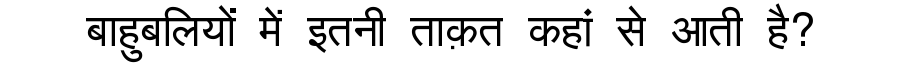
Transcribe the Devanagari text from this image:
बाहुबलियों में इतनी ताक़त कहां से आती है?